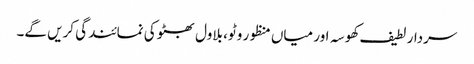
سردار لطیف کھوسہ اور میاں منظور وٹو، بلاول بھٹو کی نمائندگی کریں گے۔